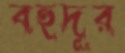
বহুদূর